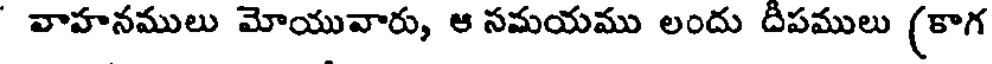
వాహనములు మోయువారు, ఆ సమయము లందు దీపములు (కాగ